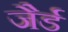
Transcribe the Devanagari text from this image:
जैर्ड